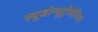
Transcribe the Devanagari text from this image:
स्यूडोन्यूट्रोपेनिया